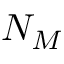
N _ { M }